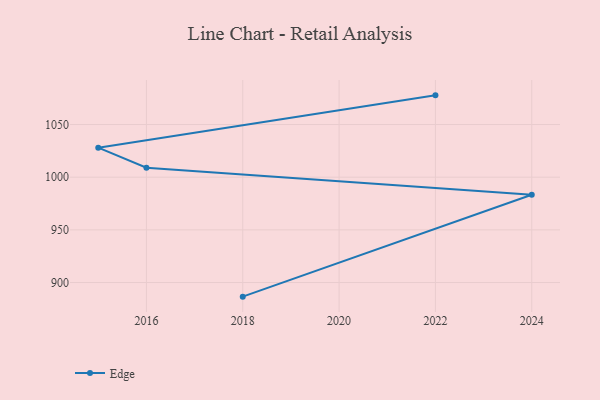
{"axis": {"x": "Year", "y": "Inventory Turnover"}, "legend": ["Edge"], "data": [{"x": "2022", "y": 1077.7, "type": "Edge"}, {"x": "2015", "y": 1028.0, "type": "Edge"}, {"x": "2016", "y": 1009.0, "type": "Edge"}, {"x": "2024", "y": 983.3, "type": "Edge"}, {"x": "2018", "y": 886.6, "type": "Edge"}]}